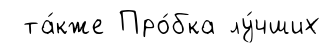
та́кже Про́бка лу́чших